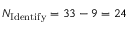
N _ { \mathrm { I d e n t i f y } } = 3 3 - 9 = 2 4